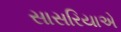
સાસરિયાએ